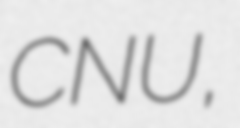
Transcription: CNU,